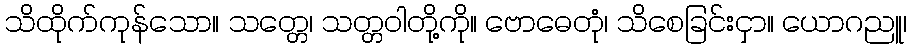
သိထိုက်ကုန်သော။ သတ္တေ၊ သတ္တဝါတို့ကို။ ဗောဓေတုံ၊ သိစေခြင်းငှာ။ ယောဂညူ၊